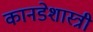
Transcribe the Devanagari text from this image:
कानडेशास्त्री